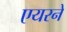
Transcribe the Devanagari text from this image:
एयरने